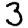
Digit: 3